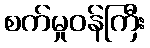
စက်မှုဝန်ကြီး